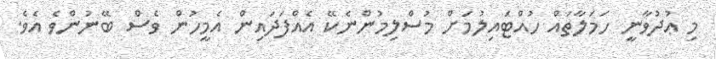
މި ޢުދުވާނީ ހަމަލާތައް ހުއްޓައިލުމަށް މުސްލިމުންނެކޭ އެއްފަދައިން އެމީހުން ވެސް ބޭނުންވެ އެވެ.